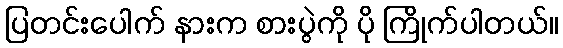
ပြတင်းပေါက် နားက စားပွဲကို ပို ကြိုက်ပါတယ်။